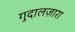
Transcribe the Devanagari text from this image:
गुदालज़ारा